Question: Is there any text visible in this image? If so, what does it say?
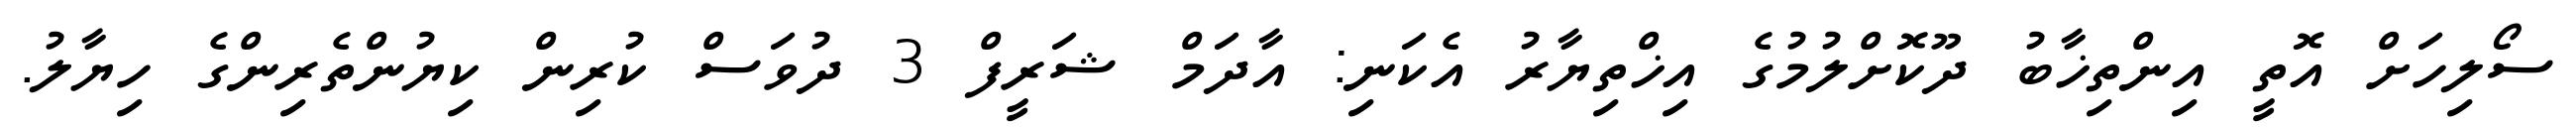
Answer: ސޯލިހަށް އޮތީ އިންތިޚާބު ދޫކޮށްލުމުގެ އިޚްތިޔާރު އެކަނި: އާދަމް ޝަރީފް 3 ދުވަސް ކުރިން ކިޔުންތެރިންގެ ހިޔާލު.